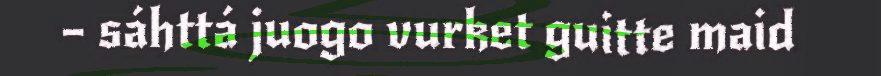
– sáhttá juogo vurket guitte maid